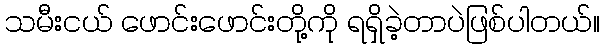
သမီးငယ် ဖောင်းဖောင်းတို့ကို ရရှိခဲ့တာပဲဖြစ်ပါတယ်။